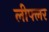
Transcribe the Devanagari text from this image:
लीफ्लर